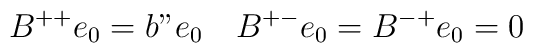
B^{++}e_0=b"e_0\quad B^{+-}e_0=B^{-+}e_0=0